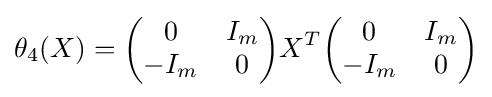
\theta _{4}(X)={\begin{pmatrix}0&I_{m}\\-I_{m}&0\end{pmatrix}}X^{T}{\begin{pmatrix}0&I_{m}\\-I_{m}&0\end{pmatrix}}